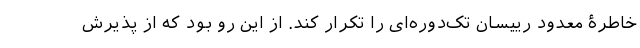
خاطرۀ معدود رییسان تک‌دوره‌ای را تکرار کند. از این رو بود که از پذیرش